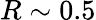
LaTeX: R\sim 0.5